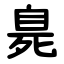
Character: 臰